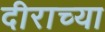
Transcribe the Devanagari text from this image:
दीराच्या